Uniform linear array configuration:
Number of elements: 24
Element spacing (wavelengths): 0.5
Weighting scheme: binomial
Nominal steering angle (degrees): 30
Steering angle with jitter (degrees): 29.904
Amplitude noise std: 0.05
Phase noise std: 0.05

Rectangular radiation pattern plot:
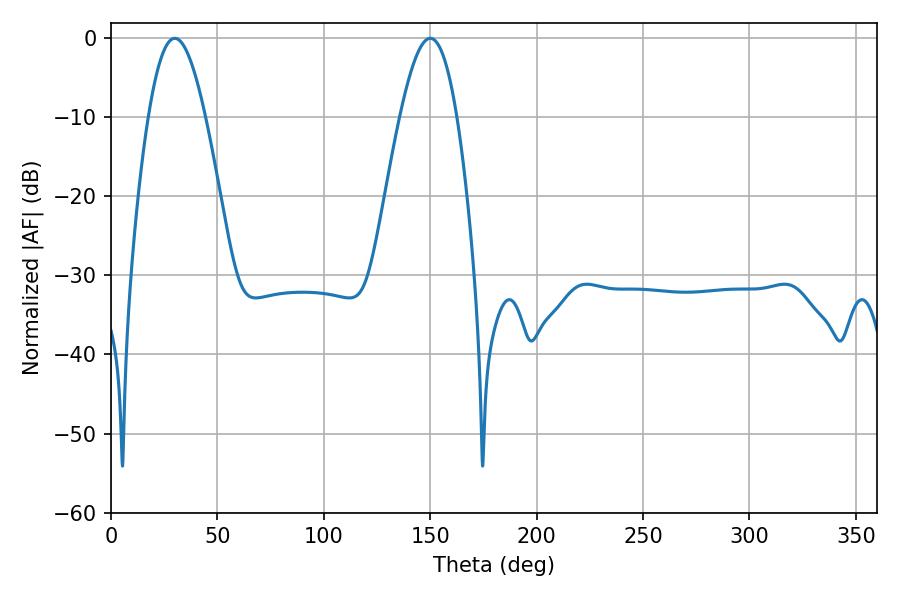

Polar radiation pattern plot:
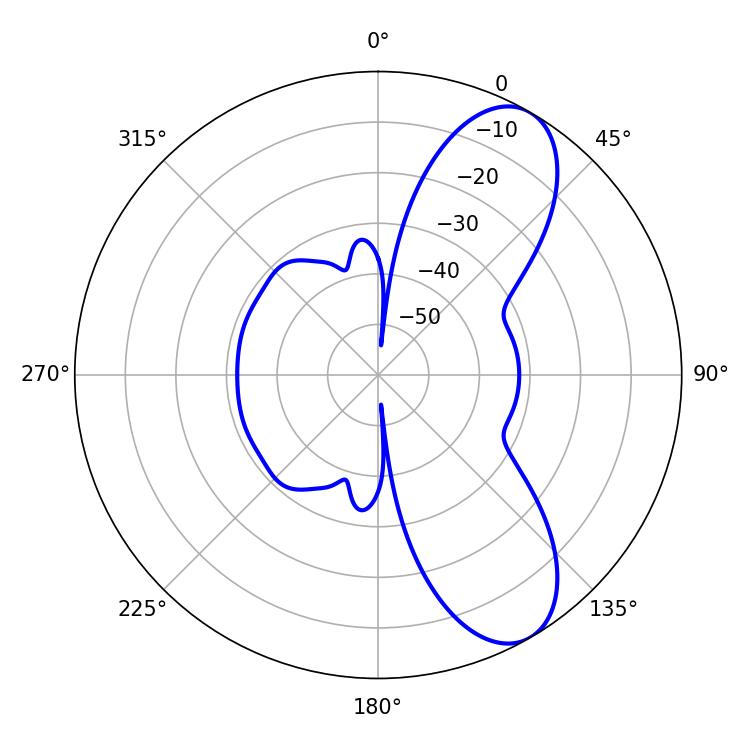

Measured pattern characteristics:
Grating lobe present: FALSE
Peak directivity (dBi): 8.584
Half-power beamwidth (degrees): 14.4
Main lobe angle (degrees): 30.06